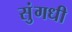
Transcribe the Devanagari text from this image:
सुंगधी